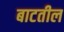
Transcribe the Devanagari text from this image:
बाटतील